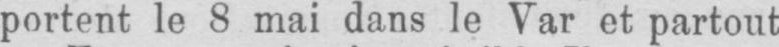
portent le 8 mai dans le Var et partout